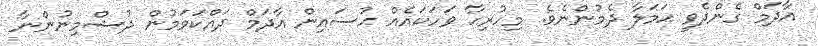
އާދަމް ގެންދެވީ ޙަމަލާ ދެމުންނެވެ. މިހުރިހާ ވަހަކައެއް ޙުސައިން އާދަމް ދައްކަވަމުން ދުޝްމިނުންނާ